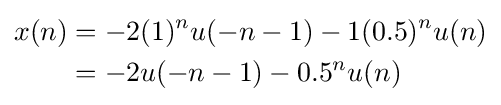
{\begin{aligned}x(n)&=-2{(1)^{n}}u(-n-1)-1{(0.5)^{n}}u(n)\\&=-2u(-n-1)-0.5^{n}u(n)\\\end{aligned}}